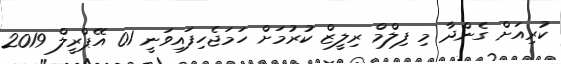
ކުރިއަށް ގެންދާ މި ފިލްމް ރިލީޒް ކުރުމަށް ހަމަޖެހިފައިވަނީ 01 އޭޕްރީލް 2019